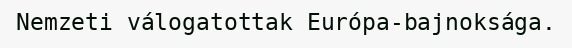
Nemzeti válogatottak Európa-bajnoksága.